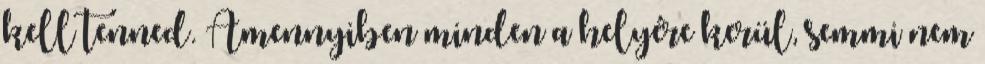
kell tenned. Amennyiben minden a helyére kerül, semmi nem